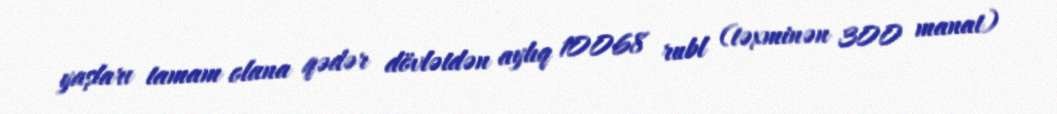
yaşları tamam olana qədər dövlətdən aylıq 10068 rubl (təxminən 300 manat)